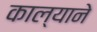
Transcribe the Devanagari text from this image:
काल्याने